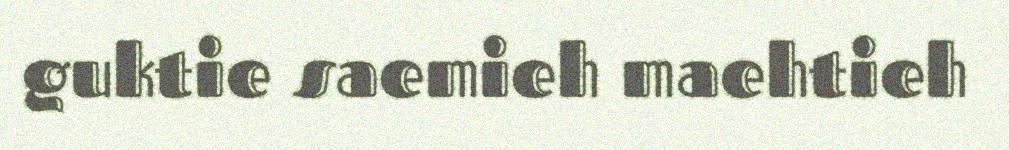
guktie saemieh maehtieh